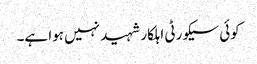
کوئی سیکورٹی اہلکار شہید نہیں ہوا ہے۔